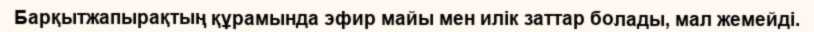
Барқытжапырақтың құрамында эфир майы мен илік заттар болады, мал жемейді.